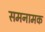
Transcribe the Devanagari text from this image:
समनामक